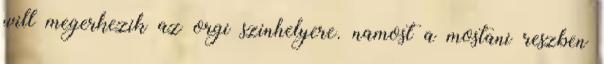
will megerkezik az orgi szinhelyere. namost a mostani reszben